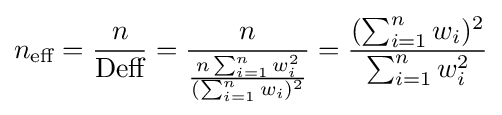
n_{\text{eff}}={\frac {n}{\text{Deff}}}={\frac {n}{\frac {n\sum _{i=1}^{n}w_{i}^{2}}{(\sum _{i=1}^{n}w_{i})^{2}}}}={\frac {(\sum _{i=1}^{n}w_{i})^{2}}{\sum _{i=1}^{n}w_{i}^{2}}}